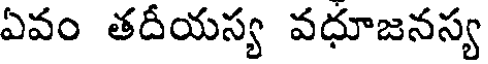
ఏవం తదీయస్య వధూజనస్య